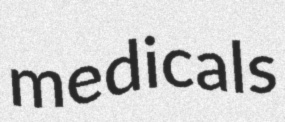
medicals